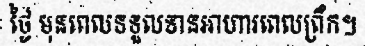
ថ្ងៃ មុនពេលទទួលទានអាហារពេលព្រឹក។